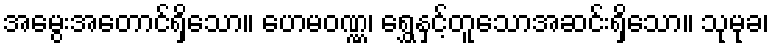
အမွေးအတောင်ရှိသော။ ဟေမဝဏ္ဏ၊ ရွှေနှင့်တူသောအဆင်းရှိသော။ သုမုခ၊